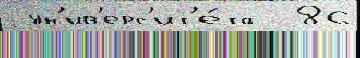
 ун'ив'ерс'ит'е́та  86